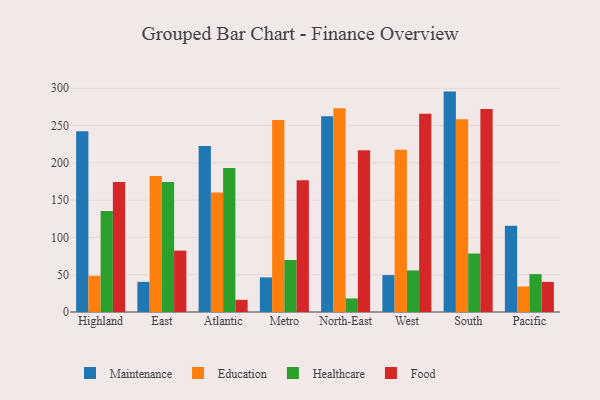
{"axis": {"x": "Region", "y": "Population (Million)"}, "legend": ["Education", "Food", "Healthcare", "Maintenance"], "data": [{"x": "Highland", "y": 242.5, "type": "Maintenance"}, {"x": "Highland", "y": 48.5, "type": "Education"}, {"x": "Highland", "y": 135.3, "type": "Healthcare"}, {"x": "Highland", "y": 174.2, "type": "Food"}, {"x": "East", "y": 40.4, "type": "Maintenance"}, {"x": "East", "y": 182.2, "type": "Education"}, {"x": "East", "y": 174.2, "type": "Healthcare"}, {"x": "East", "y": 82.3, "type": "Food"}, {"x": "Atlantic", "y": 222.7, "type": "Maintenance"}, {"x": "Atlantic", "y": 160.1, "type": "Education"}, {"x": "Atlantic", "y": 193.2, "type": "Healthcare"}, {"x": "Atlantic", "y": 16.3, "type": "Food"}, {"x": "Metro", "y": 46.4, "type": "Maintenance"}, {"x": "Metro", "y": 257.5, "type": "Education"}, {"x": "Metro", "y": 69.7, "type": "Healthcare"}, {"x": "Metro", "y": 176.5, "type": "Food"}, {"x": "North-East", "y": 262.3, "type": "Maintenance"}, {"x": "North-East", "y": 273.3, "type": "Education"}, {"x": "North-East", "y": 18.2, "type": "Healthcare"}, {"x": "North-East", "y": 217.0, "type": "Food"}, {"x": "West", "y": 49.5, "type": "Maintenance"}, {"x": "West", "y": 217.4, "type": "Education"}, {"x": "West", "y": 55.7, "type": "Healthcare"}, {"x": "West", "y": 265.7, "type": "Food"}, {"x": "South", "y": 295.5, "type": "Maintenance"}, {"x": "South", "y": 258.5, "type": "Education"}, {"x": "South", "y": 78.4, "type": "Healthcare"}, {"x": "South", "y": 272.2, "type": "Food"}, {"x": "Pacific", "y": 115.7, "type": "Maintenance"}, {"x": "Pacific", "y": 34.2, "type": "Education"}, {"x": "Pacific", "y": 50.8, "type": "Healthcare"}, {"x": "Pacific", "y": 40.3, "type": "Food"}]}